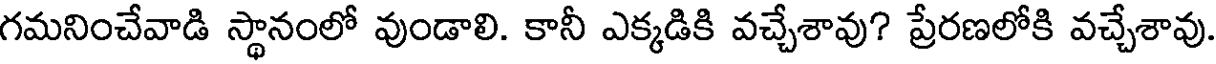
గమనించేవాడి స్థానంలో వుండాలి. కానీ ఎక్కడికి వచ్చేశావు? ప్రేరణలోకి వచ్చేశావు.